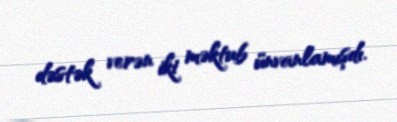
dəstək verən iki məktub ünvanlamışdı.